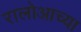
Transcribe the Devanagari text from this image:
रालोआच्या